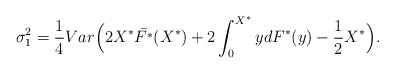
\begin{align*}\sigma_{1}^{2}=\frac{1}{4}Var\Big(2X^*\bar{F^*}(X^*)+2\int_{0}^{X^*}ydF^*(y)-\frac{1}{2}X^*\Big).\end{align*}